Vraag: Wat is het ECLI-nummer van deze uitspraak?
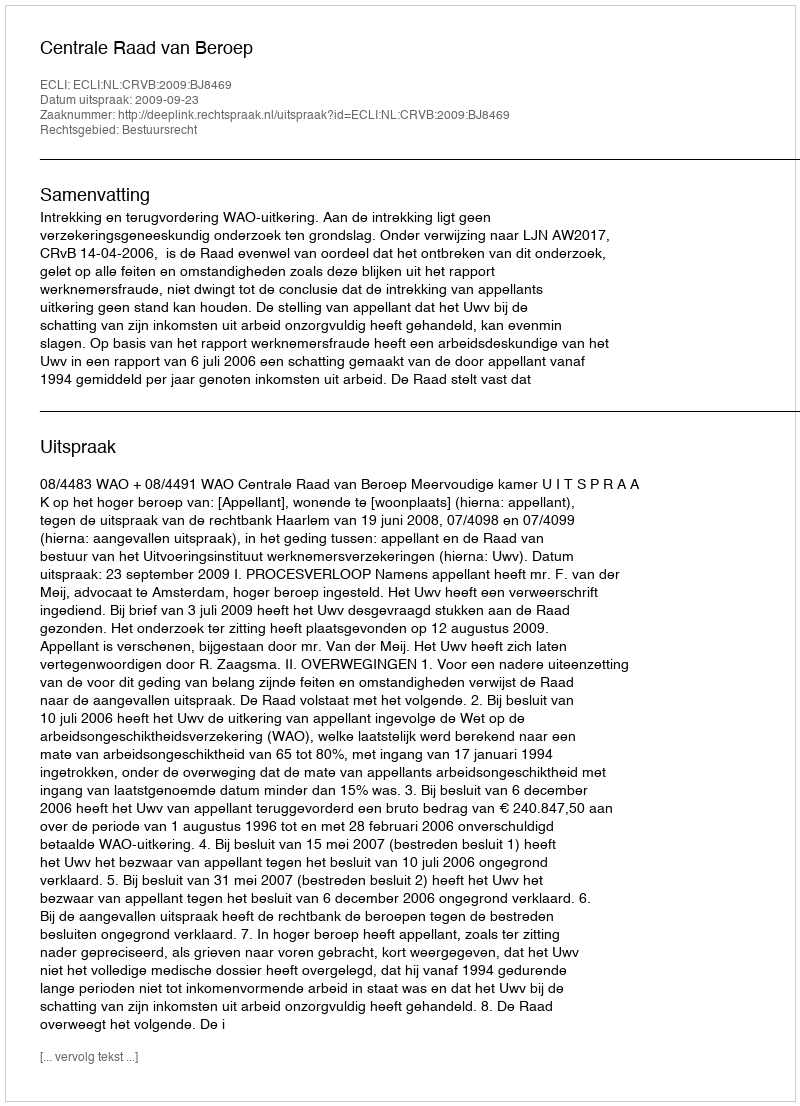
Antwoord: ECLI:NL:CRVB:2009:BJ8469